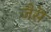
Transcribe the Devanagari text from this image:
जैसॆ